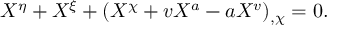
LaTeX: X ^ { \eta } + X ^ { \xi } + ( X ^ { \chi } + v X ^ { a } - a X ^ { v } ) _ { , \chi } = 0 .